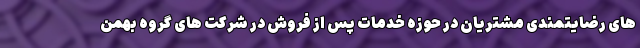
های رضایتمندی مشتریان در حوزه خدمات پس از فروش در شرکت های گروه بهمن